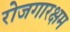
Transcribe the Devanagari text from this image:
रोजगारक्षम